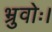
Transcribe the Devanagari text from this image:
भ्रुवोः।